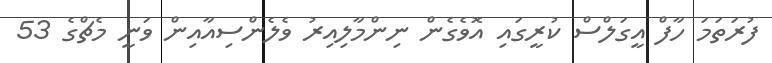
ފުރަތަމަ ހާފް އީގަލްސް ކުރީގައި އޮވެގެން ނިންމާލިއިރު ވެލެންސިއާއިން ވަނީ މެޗްގެ 53